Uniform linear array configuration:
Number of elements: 48
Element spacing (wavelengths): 0.5
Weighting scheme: cosine
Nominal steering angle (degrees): -60
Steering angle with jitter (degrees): -58.789
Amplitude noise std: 0.05
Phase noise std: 0.05

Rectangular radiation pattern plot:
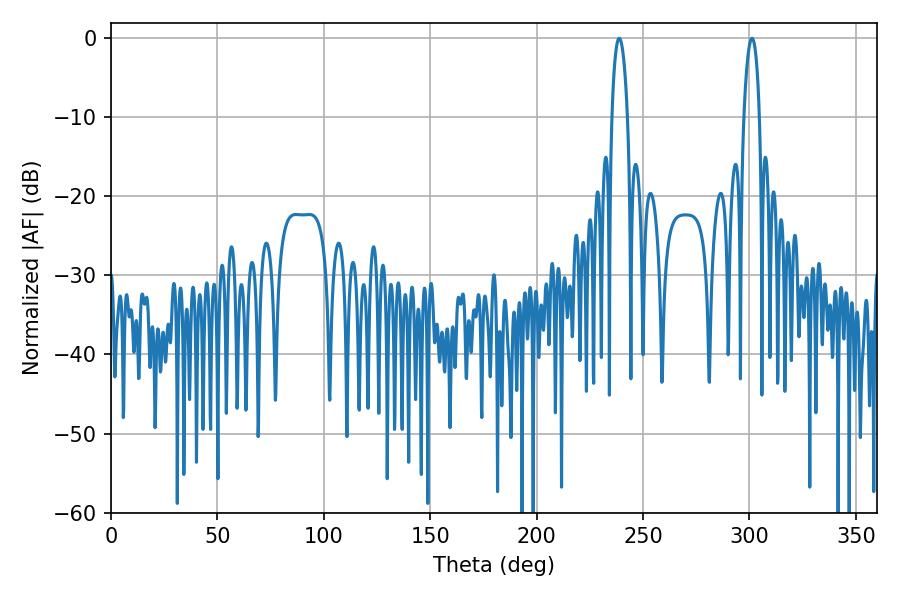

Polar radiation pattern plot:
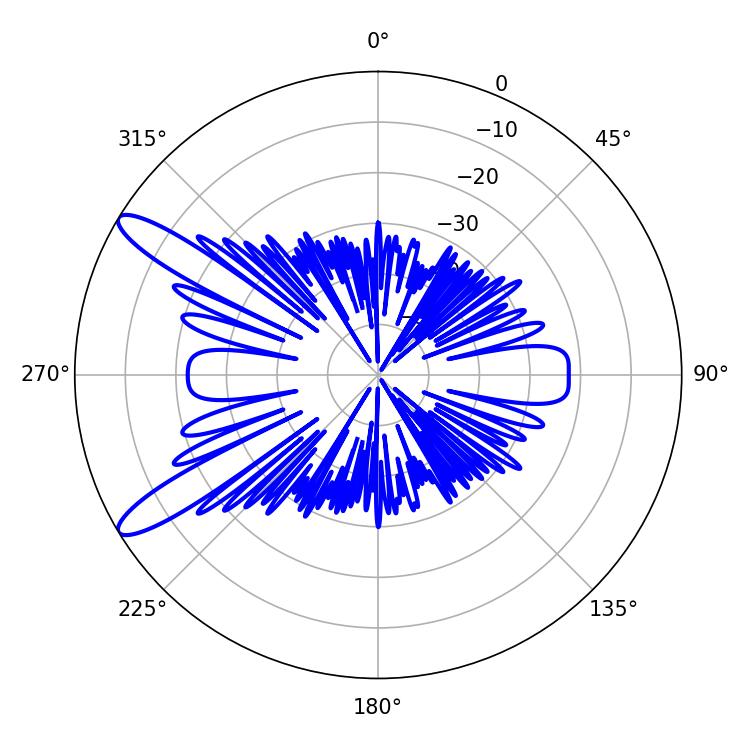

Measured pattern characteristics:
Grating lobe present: FALSE
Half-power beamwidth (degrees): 4.14
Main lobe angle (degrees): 238.86